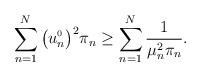
LaTeX: \begin{align*}\sum_{n=1}^N \big(u_n^{{\scriptscriptstyle 0}}\big)^2 \pi_n \geq \sum_{n=1}^N \frac{1}{\mu_n^2\pi_n}.\end{align*}